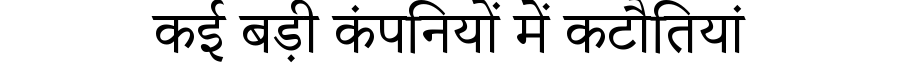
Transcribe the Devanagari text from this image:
कई बड़ी कंपनियों में कटौतियां